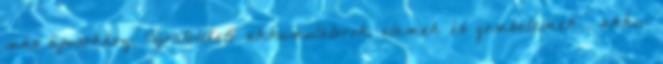
más típusokhoz. Újratölthető akkumulátorok, elemek és gombelemek , akku-